Leaving Certificate Examination, 1920
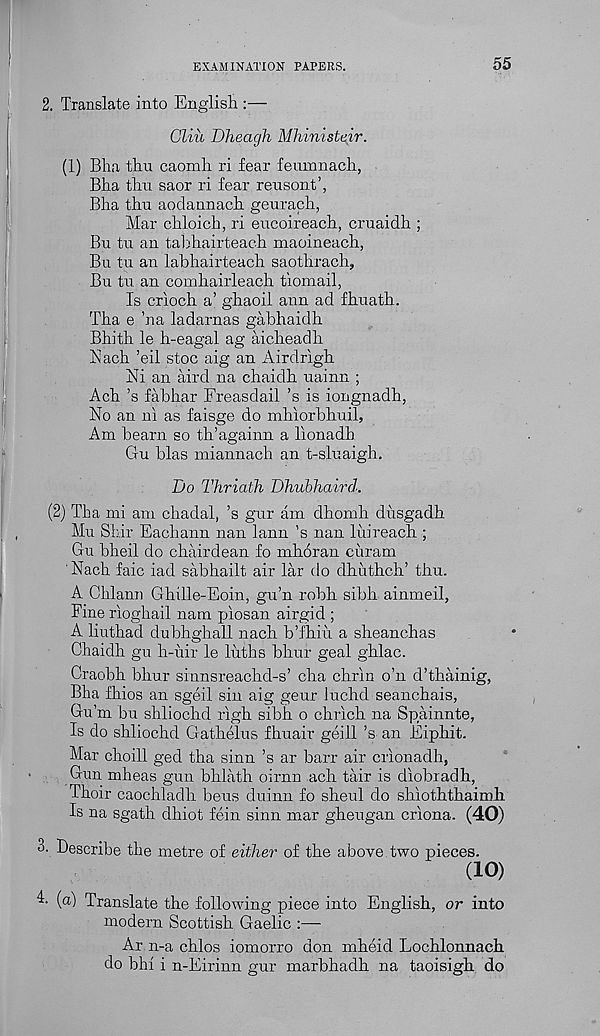
EXAMINATION PAPERS.
55
2. Translate into English :—
Gliic Dheagh Mhinisteir.
(1) Bha thu caomli ri fear feumnacli,
Bha thu saor ri fear reusont’,
Bha thu aoclannach geurach,
Mar chloich, ri eucoireach, cruaidh ;
Bu tu an tabhairteach maoineach,
Bu tu an labhairteach saothrach,
Bu tu an comhairleach tiomail,
Is crioch a’ ghaoil ann ad fhuath.
Tha e ’na ladarnas gabhaidh
Bhith le h-eagal ag aicheadh
Each ’eil stoc aig an Airdrlgh
ISfi an aird na chaidh uainn ;
Ach ’s fabhar Freasdail’s is iongnadh,
No an ni as faisge do mhiorbhuil,
Am beam so th’againn a lionadh
Gu bias miannach an t-sluaigh.
Do Thriath Dhubhaird.
(2) Tha mi am chadal, ’s gur am dhomh dusgadh
Mu Shir Eachann nan lann’s nan liiireach ;
Gu bheil do chairdean fo mhoran ciiram
Nach faic iad sabhailt air lar do dhuthch’ thu.
A Chlann Ghille-Eoin, gu’n robh sibh aimneil,
Fine rioghail nam piosan airgid ;
A liuthad dubhghall nach b’fhiu a sheanchas
Chaidh gu h-uir le luths bhur geal ghlac.
Craobh bhur sinnsreachd-s’ cha chr'in o’n d’thainig,
Bha fhios an sgeil sin aig geur luchd seanchais,
Gu’m bu shliochd righ sibh o chrich na Spainnte,
Is do shliochd Gathelus fhuair geill’s an Eiphit.
Mar choill ged tha sinn ’s ar barr air crionadh,
Gun mheas gun bhlath oirnn ach tair is diobradh,
Thoir caochladh hens duinn fo sheul do shioththaimh
Is na sgath dhiot fein sinn mar gheugan criona. (40)
o. Describe the metre of either of the above two pieces.
(10)
(a) Translate the following piece into English, or into
modern Scottish Gaelic :—•
Ar n-a chlos iomorro don mheid Lochlonnach
do bhi i n-Eirinn gur marbhadh na taoisigh do